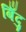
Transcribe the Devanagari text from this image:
बिँदु